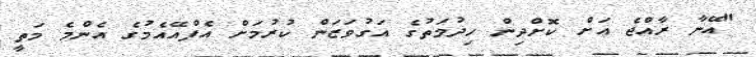
"އޭނާ ރާއްޖެ އަށް ކޮށްދިން ހިދުމަތުގެ އަގުވަޒަން ކުރުމަށް އެފްއޭއެމުގެ އެންމެ މަތީ